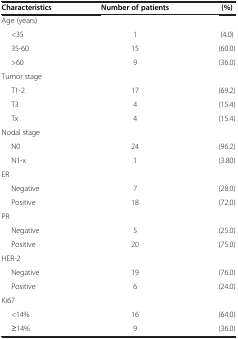
| Characteristics | Number of patients | (%) |
 | --- | --- | --- |
 | Age (years) |  |  |
 | <35 | 1 | (4.0) |
 | 35-60 | 15 | (60.0) |
 | >60 | 9 | (36.0) |
 | Tumor stage |  |  |
 | T1-2 | 17 | (69.2) |
 | T3 | 4 | (15.4) |
 | Tx | 4 | (15.4) |
 | Nodal stage |  |  |
 | N0 | 24 | (96.2) |
 | N1-x | 1 | (3.80) |
 | ER |  |  |
 | Negative | 7 | (28.0) |
 | Positive | 18 | (72.0) |
 | PR |  |  |
 | Negative | 5 | (25.0) |
 | Positive | 20 | (75.0) |
 | HER-2 |  |  |
 | Negative | 19 | (76.0) |
 | Positive | 6 | (24.0) |
 | Ki67 |  |  |
 | <14% | 16 | (64.0) |
 | ≥14% | 9 | (36.0) |